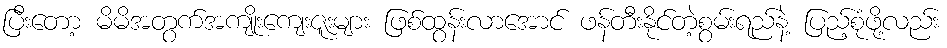
ပြီးတော့ မိမိအတွက်အကျိုးကျေးဇူးများ ဖြစ်ထွန်းလာအောင် ဖန်တီးနိုင်တဲ့စွမ်းရည်နဲ့ ပြည့်စုံဖို့လည်း